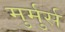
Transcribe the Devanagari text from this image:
मुर्मुर्स